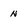
Character: N